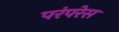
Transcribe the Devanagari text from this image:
परंपरेस